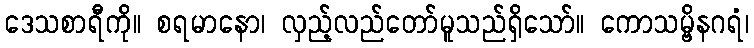
ဒေသစာရီကို။ စရမာနော၊ လှည့်လည်တော်မူသည်ရှိသော်။ ကောသမ္ဗိနဂရံ၊